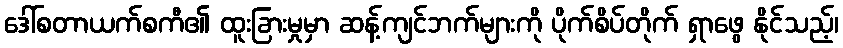
ဒေါ်စတာယက်စကီ၏ ထူးခြားမှုမှာ ဆန့်ကျင်ဘက်များကို ပိုက်စိပ်တိုက် ရှာဖွေ နိုင်သည့်၊